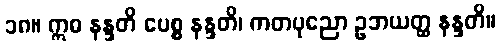
၁၈။ ဣဓ နန္ဒတိ ပေစ္စ နန္ဒတိ၊ ကတပုညော ဥဘယတ္ထ နန္ဒတိ။